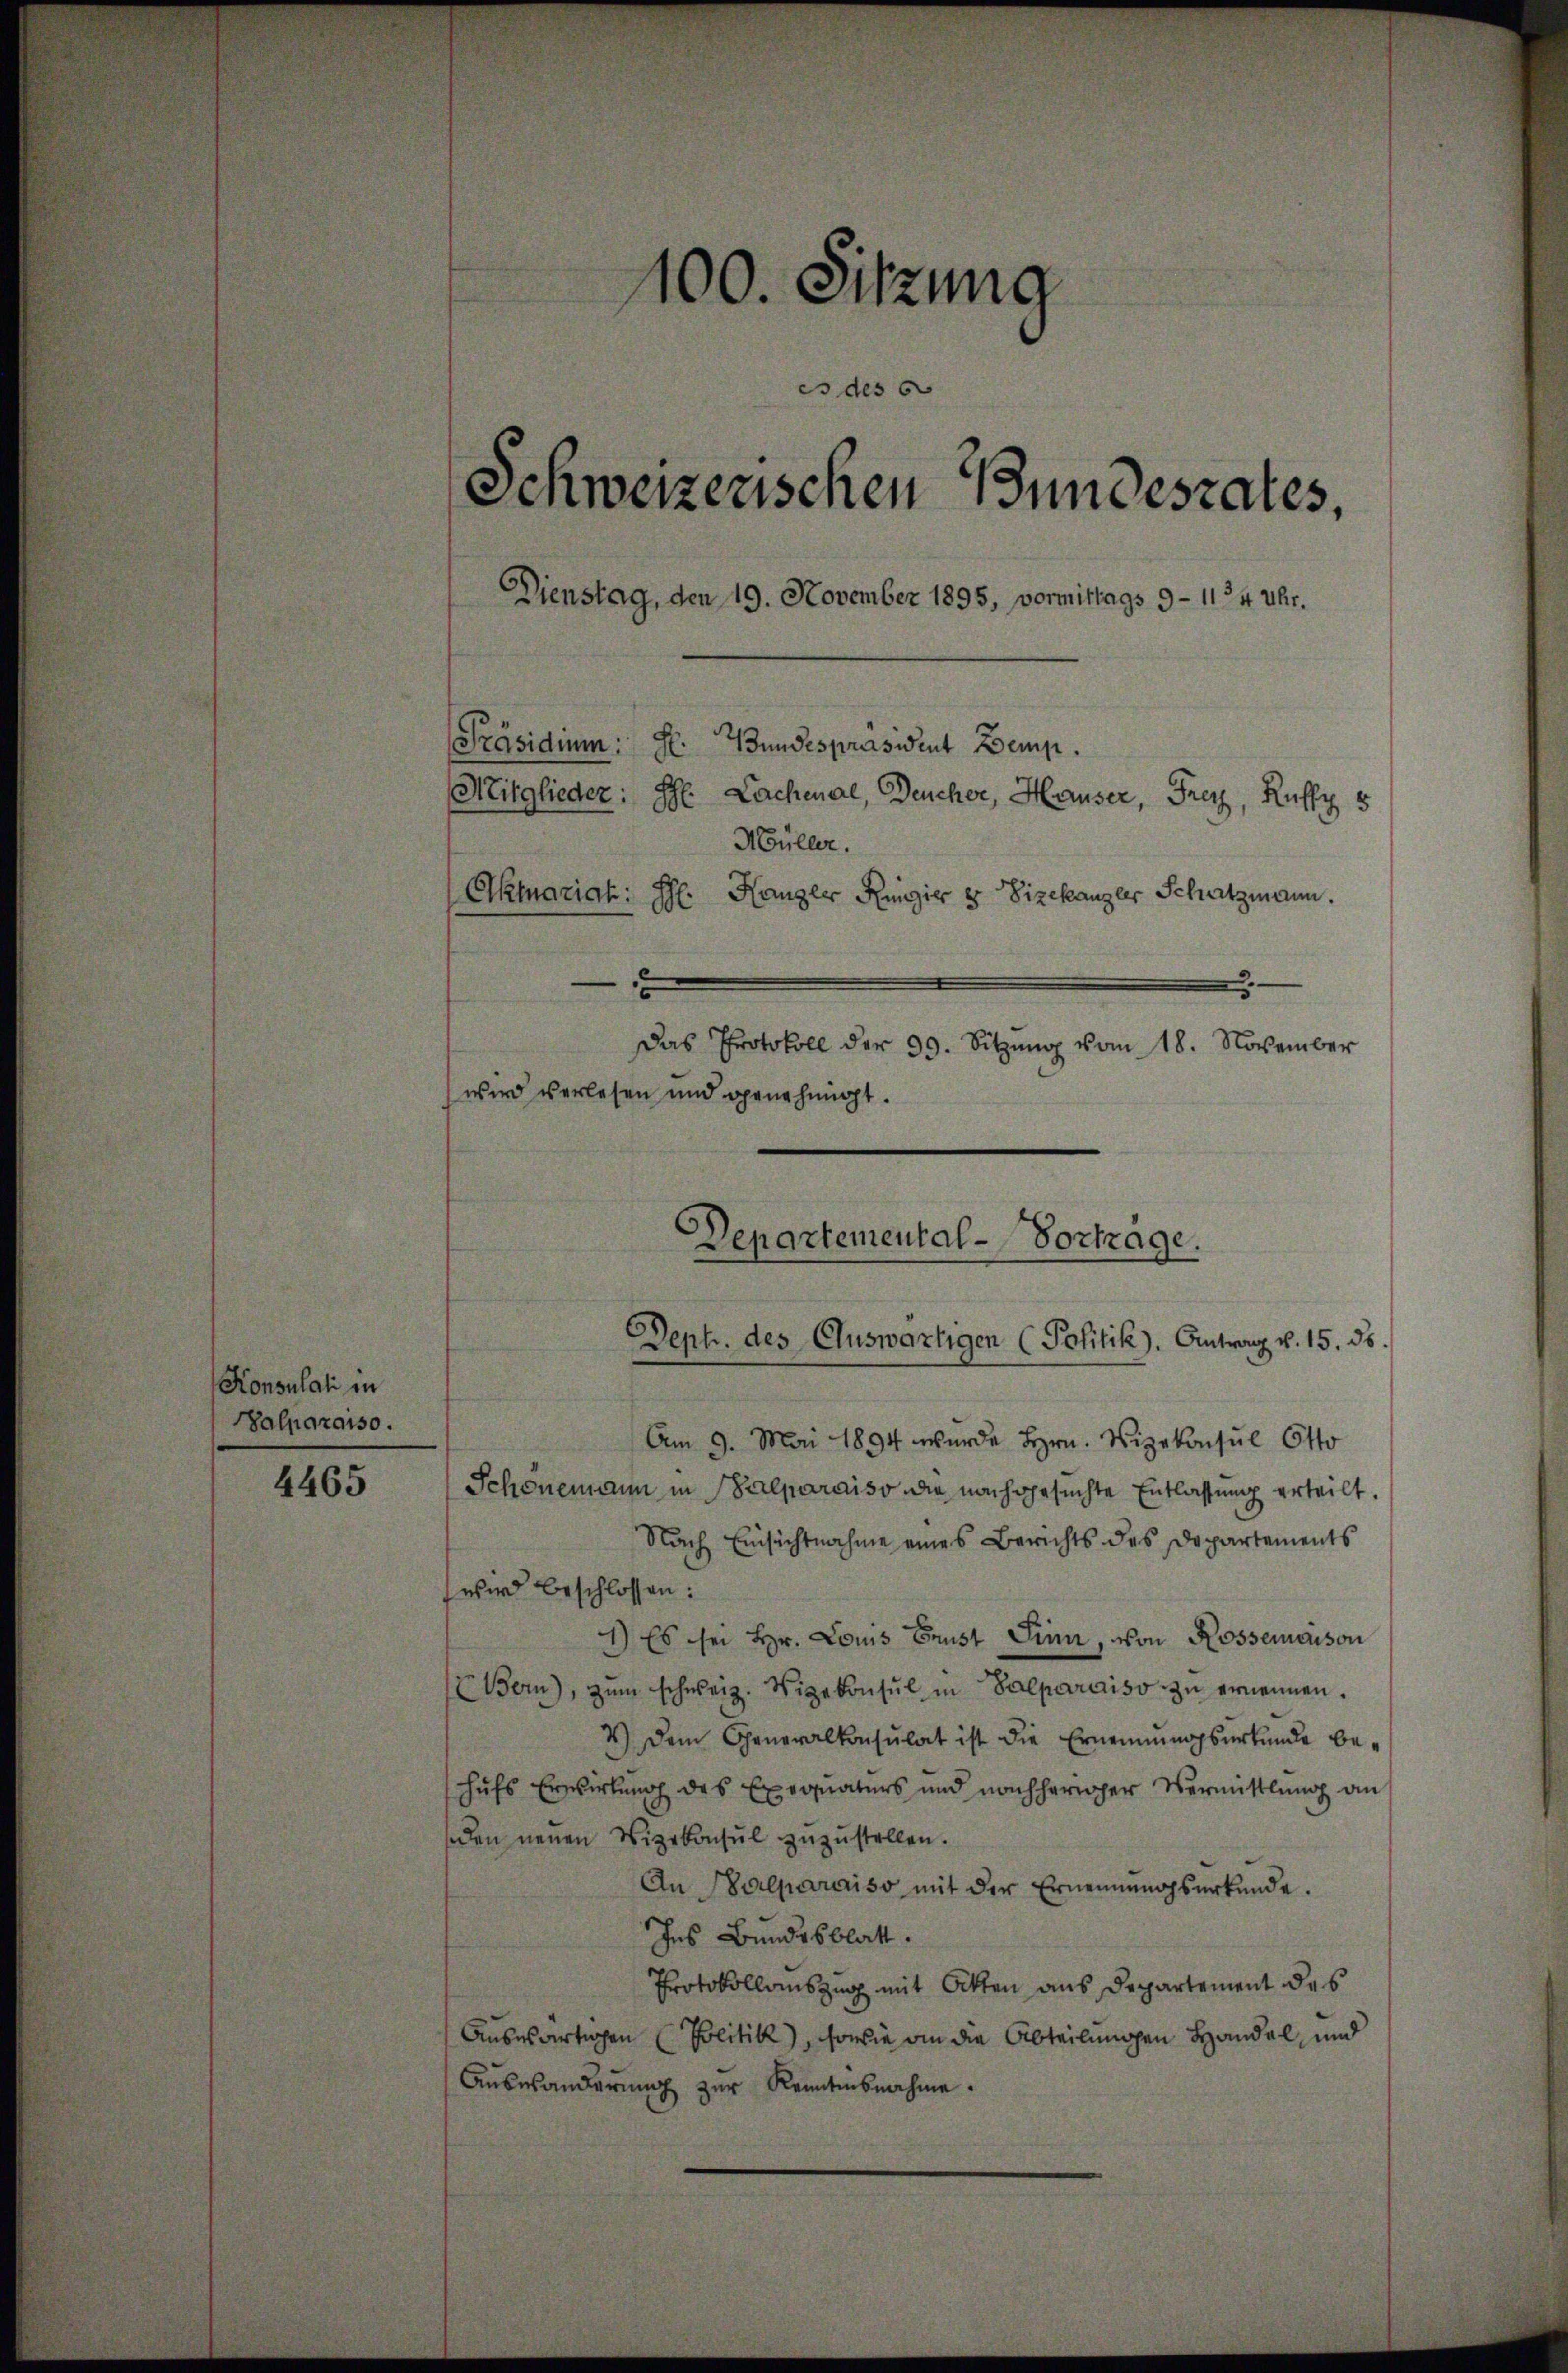
Konsulati in
Balparaiso.

4465

100. Sitzung
es des 6
Schweizerischen Bundesrates,
Dienstag, den 19. November 1895, vormittags 9 - 1124 Uhr.
Präsidium: St. Bundespräsident Demp.
Mitglieder: Ihr Lachenal, Deucher, Hauser, Frey, Ruff 5
Müller.
Okmariat: Hr. Hangler Regier u Vizekanzler Schatzmann.
—
Das Protokoll der 99. Sitzŭng vom 18. November
wird verlesen und genehmigt.

Am 9. Mai 1894 wurde Hrn. Vizekonsul Otto
Schönemann in Balparaiso die nachgesuchte Entlassung erteilt.
Nach Einsichtnahme eines Berichts des Departements
wird beschlossen:
1) Es sei Hr. Louis Brust Sinn, von Rossemaison
Bern), zŭm schweiz. Vizekonsul in Salparaiso zŭ ernennen.
4.) Dem Generalkonsulat ist die Ernennungsurkunde behufs Erwirkung des Exequaturs und nachheriger Vermittlung an
den neuen Vizekonsul zuzustellen.
An Balparaiso mit der Ernennungsurkunde.
Ins Bundesblatt.
Protokollauszug mit Akten aus Departement des
Ausewärtigen Politik), sowie an die Abteilungen Handel, und
Aŭswänderŭng zŭr Kenntnisnahme.

Departemental-Vortrage.
Deph. des Cluswärtigen (Politik). Antrag v. 15. ds.